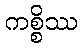
ကစ္စိဿ